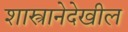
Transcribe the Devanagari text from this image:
शास्त्रानेदेखील